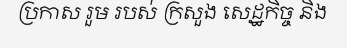
ប្រកាស រួម របស់ ក្រសួង សេដ្ឋកិច្ច និង